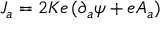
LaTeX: J _ { a } = 2 K e \, ( \partial _ { a } \psi + e A _ { a } )